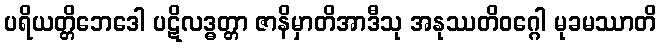
ပရိယတ္တိဘေဒေါ ပဋိလဒ္ဓတ္တာ ဇာနိမှာတိအာဒီသု အနုဿတိဝဂ္ဂေါ မုခမဿာတိ